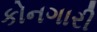
કોનગારી